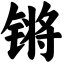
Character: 锵